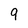
Character: 9